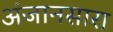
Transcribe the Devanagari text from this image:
अंजानसारा